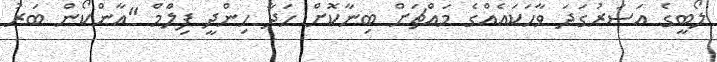
ލޯބީގެ އަސަރުގަދަ ވާހަކައެއްގެ މައްޗަށް ބިނާކޮށް ހަދާ ހިންދީ ފިލްމް "އާންކޯން ބަރު